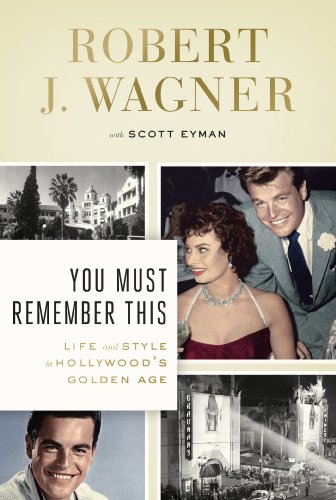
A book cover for You Must Remember This: Life and Style in Hollywood's Golden Age; Robert J. Wagner; Humor & Entertainment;